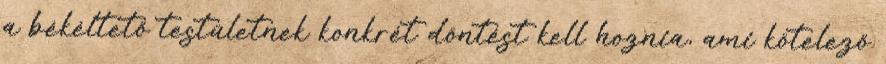
a békéltető testületnek konkrét döntést kell hoznia, ami kötelező